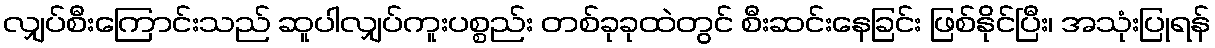
လျှပ်စီးကြောင်းသည် ဆူပါလျှပ်ကူးပစ္စည်း တစ်ခုခုထဲတွင် စီးဆင်းနေခြင်း ဖြစ်နိုင်ပြီး၊ အသုံးပြုရန်